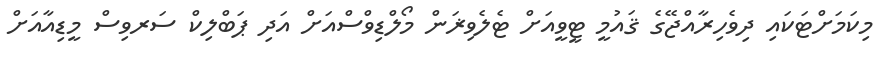
މިކަމަށްޓަކައި ދިވެހިރާއްޖޭގެ ޤައުމީ ޓީވީއަށް ޓެލެވިޜަން މޯލްޑިވްސްއަށް އަދި ޕަބްލިކް ސަރވިސް މީޑިއާއަށް